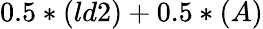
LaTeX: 0.5*(ld2)+0.5*(A)